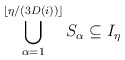
\begin{align*} \bigcup_{\alpha = 1}^{ \lfloor \eta/(3D(i))\rfloor} S_\alpha \subseteq I_\eta \end{align*}